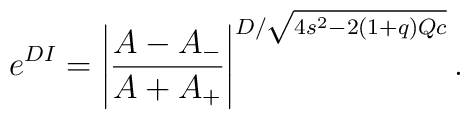
e^{D I}=\left|\frac{A-A_-}{A+A_+} \right|^{D/\sqrt{4s^2-2(1+q)Qc}}.